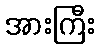
အားကြီး